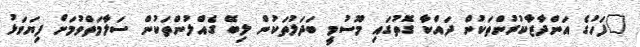
"ފަހުގެ އަންދާޒާކުރުންތަކުން ދައްކާ ގޮތުގައި މޫސުމީ ބަދަލުތަކުން ލިބޭ ގެއްލުންތަކުން ސަލާމަތްވުމަށް ފިޔަވަޅު